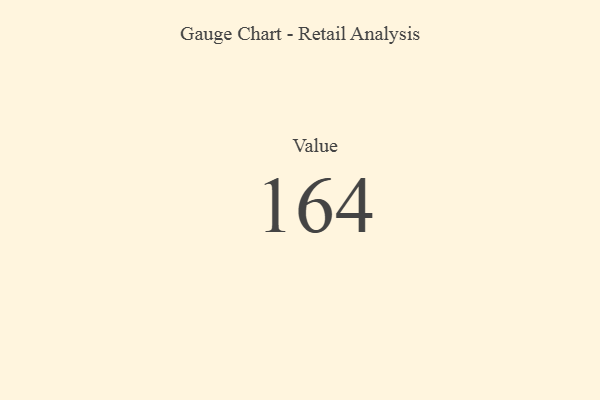
{"axis": {"x": "Metric", "y": "Value"}, "legend": [""], "data": [{"x": "Value", "y": 164, "type": ""}]}